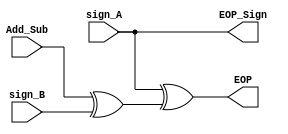
`timescale 1ns / 1ps

module _EssOp_ID(
    input Add_Sub, sign_A, sign_B,
    output EOP, EOP_Sign
    );
    
    wire eopWire;
    xor eopXor1(eopWire, Add_Sub, sign_B);
    xor eopXor2(EOP, sign_A, eopWire);
    assign EOP_Sign = sign_A;
    
endmodule